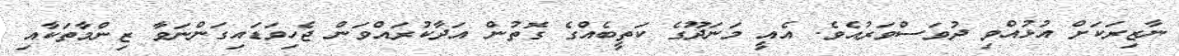
ނާޒިރަކަށް އުޅުއްވި ދުވަސްވަރުއެވެ. އެއީ މަނަދޫގެ ކަތީބެއްގެ ގޮތުން އަދާކުރައްވަން ޖެހިވަޑައިގަންނަވާ ޒިންމާތަކާއި